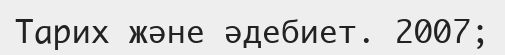
Тарих және әдебиет. 2007;